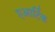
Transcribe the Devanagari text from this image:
एआर्टिक